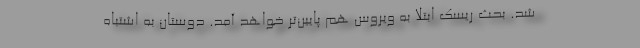
شد. بحث ریسک ابتلا به ویروس هم پایین‌تر خواهد آمد. دوستان به اشتباه